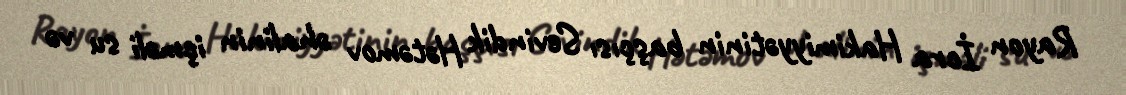
Rayon İcra Hakimiyyətinin başçısı Sevindik Hətəmov əhalinin içməli su və